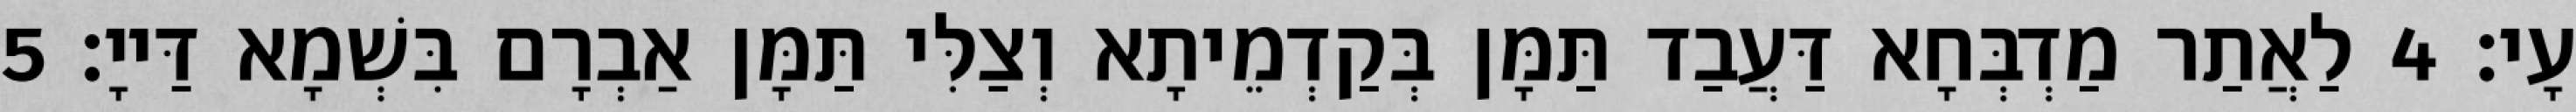
עָי׃ 4 לַאֲתַר מַדְבְּחָא דַּעֲבַד תַּמָּן בְּקַדְמֵיתָא וְצַלִּי תַּמָּן אַבְרָם בִּשְׁמָא דַּייָ׃ 5